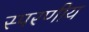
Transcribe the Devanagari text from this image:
स्परणीय